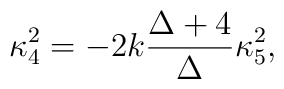
\kappa^2_4=-2k \frac{\Delta+4}{\Delta} \kappa^2_5,